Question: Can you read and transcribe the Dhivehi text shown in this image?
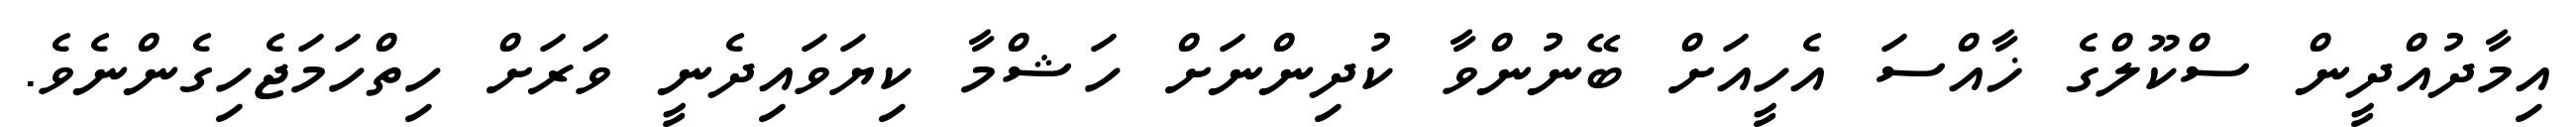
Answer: އިމާދުއްދީން ސްކޫލްގެ ޚާއްސަ އެހީއަށް ބޭނުންވާ ކުދިންނަށް ހަޝްމާ ކިޔަވައިދެނީ ވަރަށް ހިތްހަމަޖެހިގެންނެވެ.